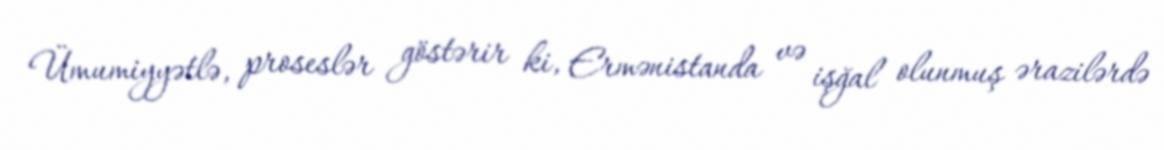
Ümumiyyətlə, proseslər göstərir ki, Ermənistanda və işğal olunmuş ərazilərdə